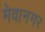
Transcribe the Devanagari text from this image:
मेवानगर